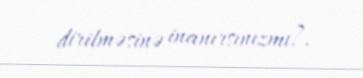
dirilməsinə inanırsınızmı?.